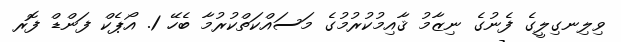
ވިލިނގިލީގެ ފެނުގެ ނިޒާމު ޤާއިމުކުރުމުގެ މަސައްކަތްކުރުމާ ބެހޭ 1. އޯޕެކް ފަންޑް ފޮރ